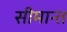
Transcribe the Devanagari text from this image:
सीमान्‍त